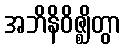
အဘိနိဝိဇ္ဈိတွာ